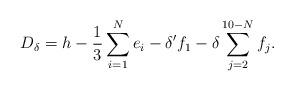
LaTeX: \begin{align*}D_\delta = h - \frac{1}{3}\sum_{i=1}^N e_i - \delta' f_1 - \delta \sum_{j=2}^{10-N} f_j.\end{align*}